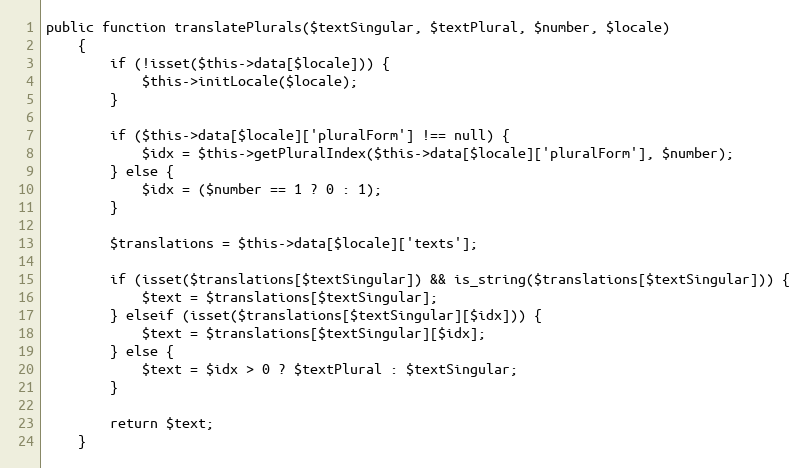
Language: PHP
public function translatePlurals($textSingular, $textPlural, $number, $locale)
    {
        if (!isset($this->data[$locale])) {
            $this->initLocale($locale);
        }

        if ($this->data[$locale]['pluralForm'] !== null) {
            $idx = $this->getPluralIndex($this->data[$locale]['pluralForm'], $number);
        } else {
            $idx = ($number == 1 ? 0 : 1);
        }

        $translations = $this->data[$locale]['texts'];

        if (isset($translations[$textSingular]) && is_string($translations[$textSingular])) {
            $text = $translations[$textSingular];
        } elseif (isset($translations[$textSingular][$idx])) {
            $text = $translations[$textSingular][$idx];
        } else {
            $text = $idx > 0 ? $textPlural : $textSingular;
        }

        return $text;
    }